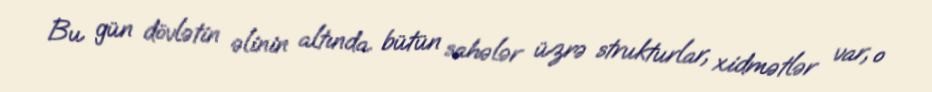
Bu gün dövlətin əlinin altında bütün sahələr üzrə strukturlar, xidmətlər var, o